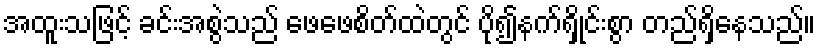
အထူးသဖြင့် ခင်းအစွဲသည် ဖေဖေစိတ်ထဲတွင် ပို၍နက်ရှိုင်းစွာ တည်ရှိနေသည်။